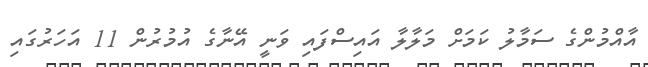
އާއްމުންގެ ސަމާލު ކަމަށް މަލާލާ އައިސްފައި ވަނީ އޭނާގެ އުމުރުން 11 އަހަރުގައި